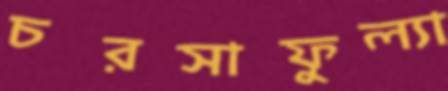
চরসাফুল্যা